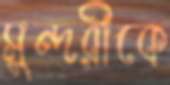
সুন্দরীকে